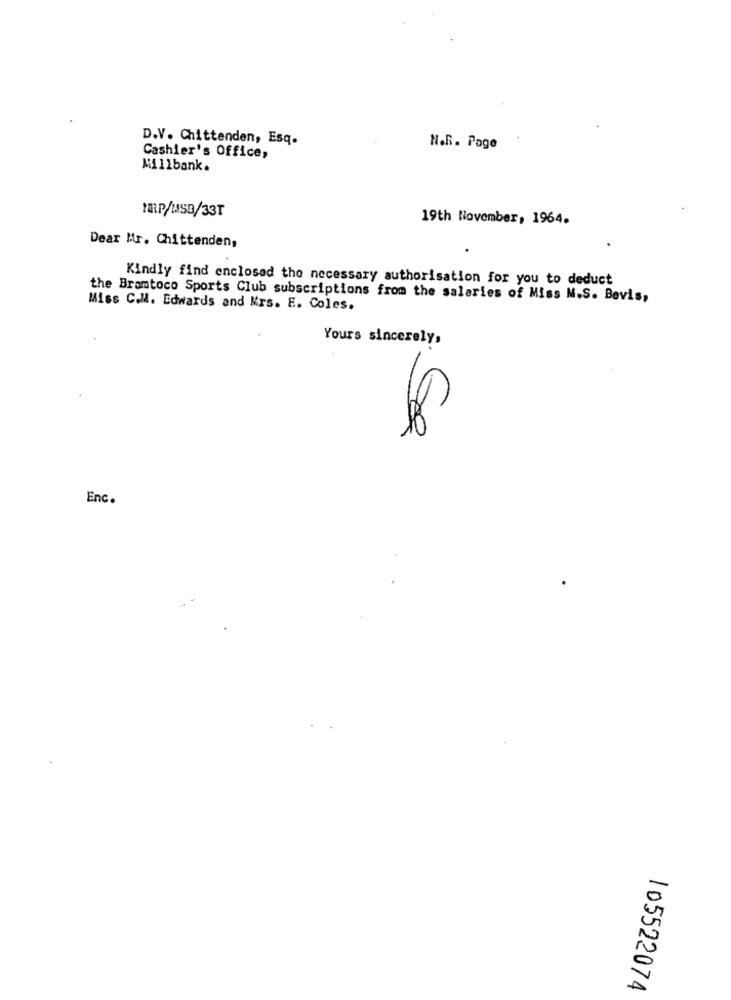
D.V. Chittenden, Esq.
N.R. Page
Cashier's Office,
Millbank.
MRP/MSB/33T
19th November, 1964.
Dear Mr. Chittenden,
Kindly find enclosed the necessary authorisation for you to deduct
the Bramtoco Sports Club subscriptions from the salaries of Miss M.S. Bevis,
Miss C.M. Edwards and Mrs. E. Coles.
Yours sincerely,
10
Enc.
105522074